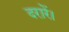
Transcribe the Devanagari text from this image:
दरारें।